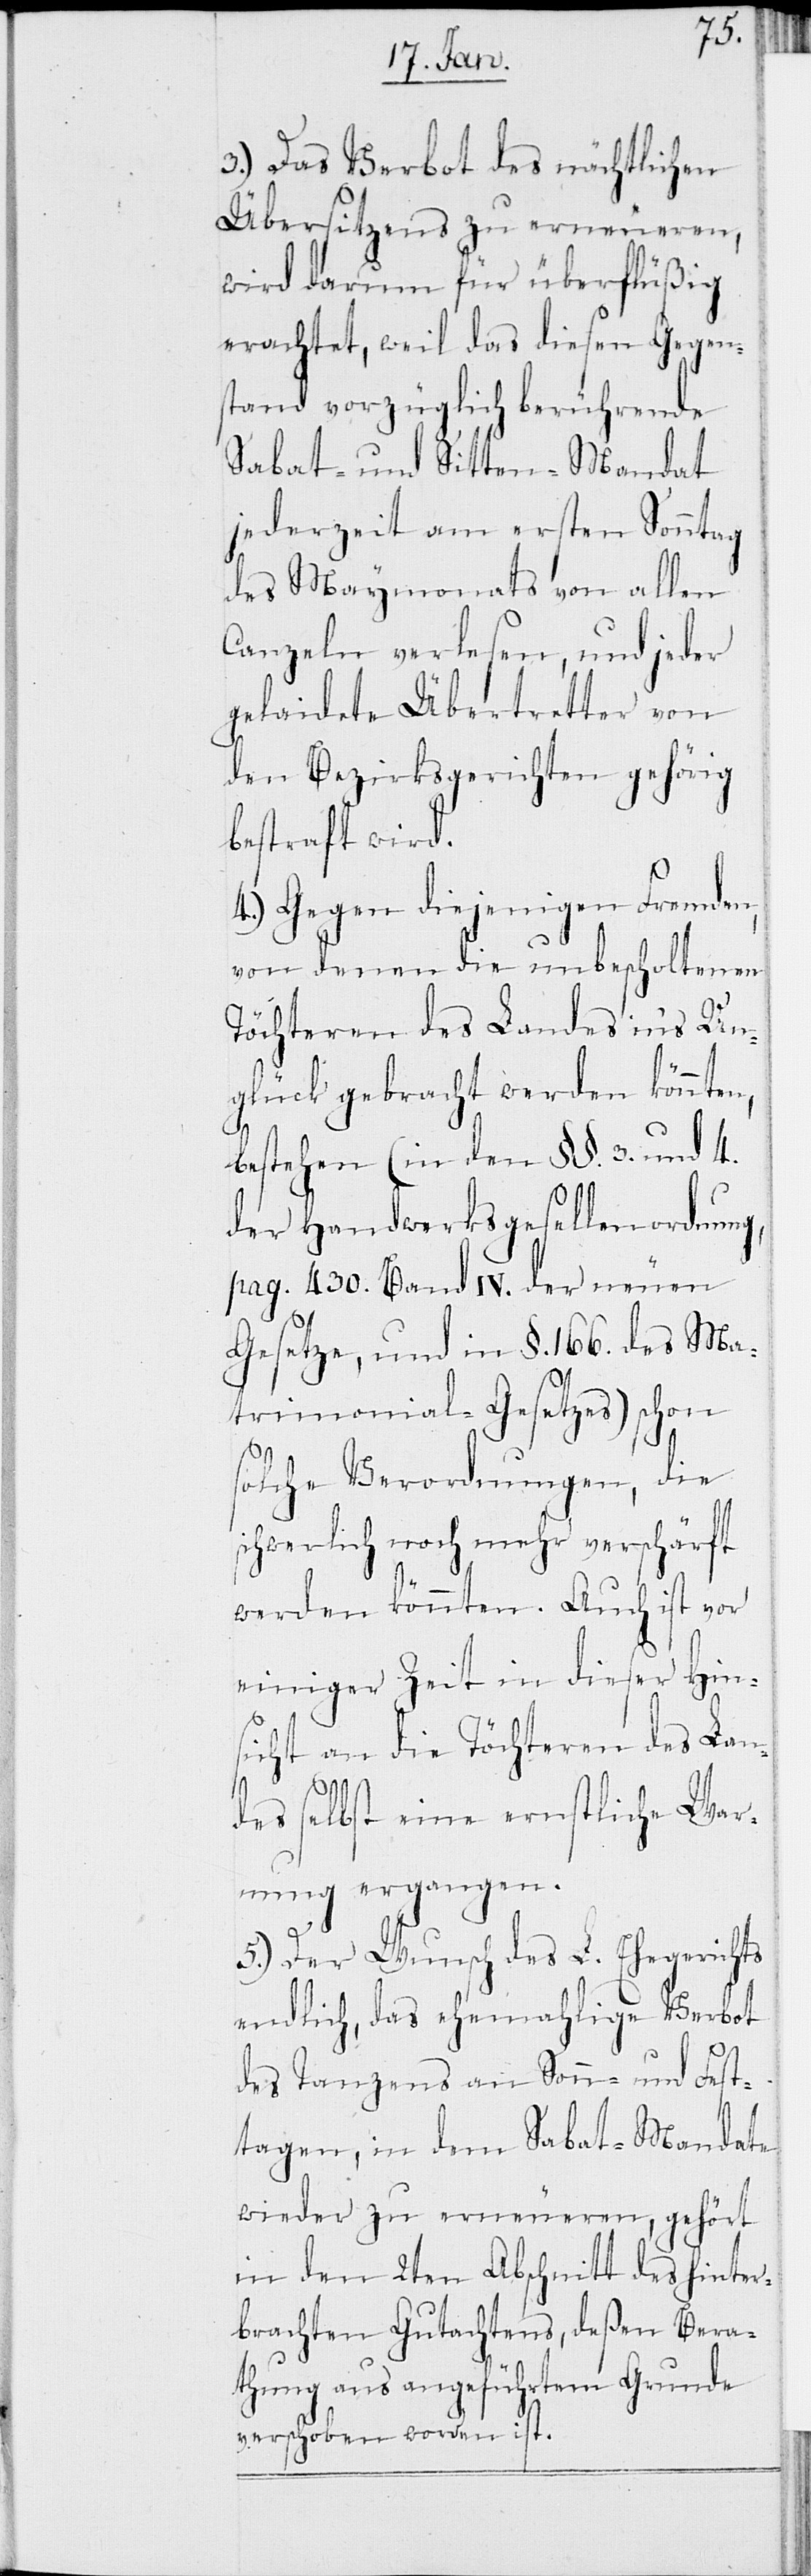
3.) Das Verbot des nächtlichen
Übersitzens zu erneueren,
wird darum für überflüßig
erachtet, weil das diesen Gegen¬
stand vorzüglich berührende
Sabat- und Sitten-Mandat
jederzeit am ersten Sonntag
des Mayenmonats von allen
Canzeln verlesen, und jeder
gelaidete Übertretter von
den Bezirksgerichten gehörig
bestraft wird.
4.) Gegen diejenigen Fremden,
von denen die unbescholtenen
Töchteren des Landes in’s Un¬
glück gebracht werden könnte¬
bestehen (in den §§. 3. und 4.
der Handwerksgesellenordnung,
pag. 430. Band IV. der neuen
Gesetze, und in §. 166. des Ma¬
trimonial-Gesetzes) schon
n,
solche Verordnungen, die
schwerlich noch verschärft
werden könnten. Auch ist vor
einiger Zeit in dieser Hin¬
sicht an die Töchteren des Lan¬
des selbst eine ernstliche War¬
nung ergangen.
5.) Der Wunsch des L. Ehegerichts
endlich, das ehemahlige Verbot
des Tanzens an Sonn- und Fest¬
tagen, in dem Sabat-Mandate
wieder zu erneueren, gehört
in den 2ten Abschnitt des hinter¬
brachten Gutachtens, deßen Bera¬
thung aus angeführtem Grunde
verschoben worden ist.